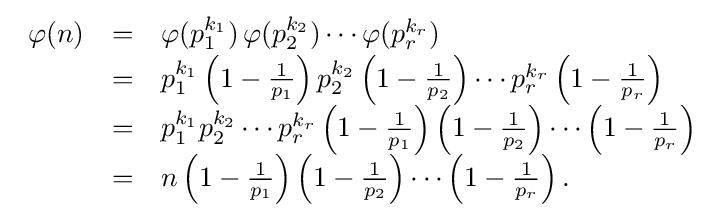
{\begin{array}{rcl}\varphi (n)&=&\varphi (p_{1}^{k_{1}})\,\varphi (p_{2}^{k_{2}})\cdots \varphi (p_{r}^{k_{r}})\\[.1em]&=&p_{1}^{k_{1}}\left(1-{\frac {1}{p_{1}}}\right)p_{2}^{k_{2}}\left(1-{\frac {1}{p_{2}}}\right)\cdots p_{r}^{k_{r}}\left(1-{\frac {1}{p_{r}}}\right)\\[.1em]&=&p_{1}^{k_{1}}p_{2}^{k_{2}}\cdots p_{r}^{k_{r}}\left(1-{\frac {1}{p_{1}}}\right)\left(1-{\frac {1}{p_{2}}}\right)\cdots \left(1-{\frac {1}{p_{r}}}\right)\\[.1em]&=&n\left(1-{\frac {1}{p_{1}}}\right)\left(1-{\frac {1}{p_{2}}}\right)\cdots \left(1-{\frac {1}{p_{r}}}\right).\end{array}}